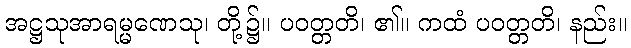
အဋ္ဌသုအာရမ္မဏေသု၊ တို့၌။ ပဝတ္တတိ၊ ၏။ ကထံ ပဝတ္တတိ၊ နည်း။